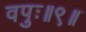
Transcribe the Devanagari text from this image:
वपुः॥९॥